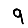
Digit: 9